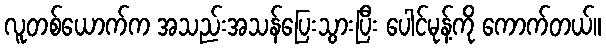
လူတစ်ယောက်က အသည်းအသန်ပြေးသွားပြီး ပေါင်မုန့်ကို ကောက်တယ်။